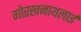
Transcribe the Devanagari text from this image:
गोरखनाथलाई